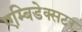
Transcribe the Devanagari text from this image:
एम्बिडेक्सटर